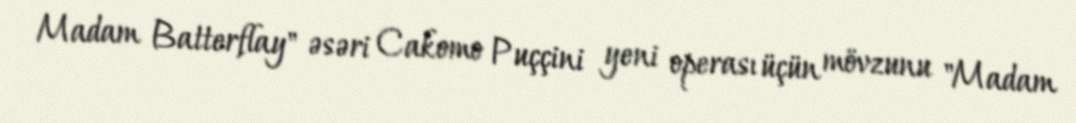
Madam Batterflay" əsəri Cakomo Puççini yeni operası üçün mövzunu "Madam